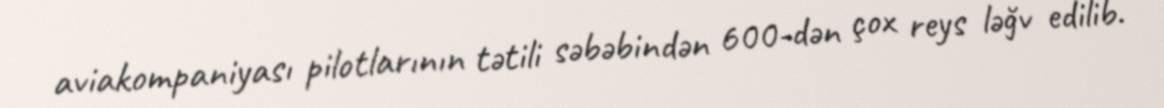
aviakompaniyası pilotlarının tətili səbəbindən 600-dən çox reys ləğv edilib.